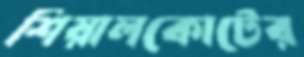
শিয়ালকোটের